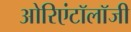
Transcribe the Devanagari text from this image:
ओरिएंटॉलॉजी